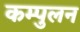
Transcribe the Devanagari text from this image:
कम्पुलन